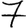
Digit: 7